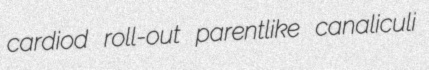
cardiod roll-out parentlike canaliculi